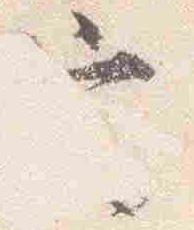
定